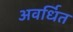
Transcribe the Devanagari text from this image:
अवर्धित